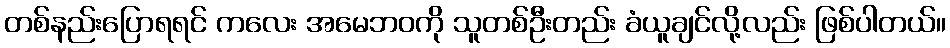
တစ်နည်းပြောရရင် ကလေး အမေဘဝကို သူတစ်ဦးတည်း ခံယူချင်လို့လည်း ဖြစ်ပါတယ်။